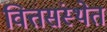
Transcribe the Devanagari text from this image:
वित्तसंस्थेत